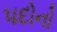
પદોનો